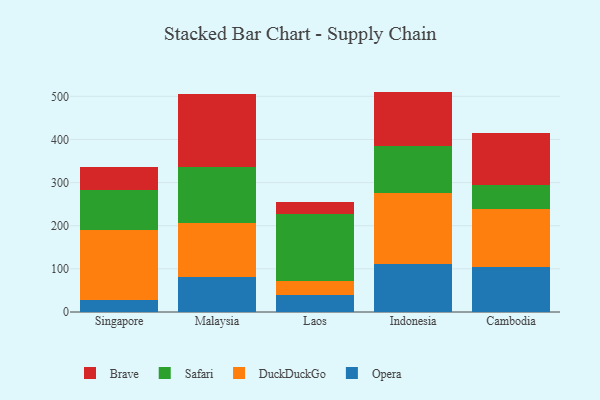
{"axis": {"x": "Country", "y": "Temperature (°C)"}, "legend": ["Brave", "DuckDuckGo", "Opera", "Safari"], "data": [{"x": "Singapore", "y": 27.5, "type": "Opera"}, {"x": "Singapore", "y": 162.8, "type": "DuckDuckGo"}, {"x": "Singapore", "y": 93.2, "type": "Safari"}, {"x": "Singapore", "y": 52.6, "type": "Brave"}, {"x": "Malaysia", "y": 80.7, "type": "Opera"}, {"x": "Malaysia", "y": 125.5, "type": "DuckDuckGo"}, {"x": "Malaysia", "y": 130.1, "type": "Safari"}, {"x": "Malaysia", "y": 168.6, "type": "Brave"}, {"x": "Laos", "y": 38.3, "type": "Opera"}, {"x": "Laos", "y": 33.7, "type": "DuckDuckGo"}, {"x": "Laos", "y": 154.3, "type": "Safari"}, {"x": "Laos", "y": 28.5, "type": "Brave"}, {"x": "Indonesia", "y": 110.4, "type": "Opera"}, {"x": "Indonesia", "y": 164.9, "type": "DuckDuckGo"}, {"x": "Indonesia", "y": 108.7, "type": "Safari"}, {"x": "Indonesia", "y": 127.0, "type": "Brave"}, {"x": "Cambodia", "y": 105.2, "type": "Opera"}, {"x": "Cambodia", "y": 133.7, "type": "DuckDuckGo"}, {"x": "Cambodia", "y": 55.4, "type": "Safari"}, {"x": "Cambodia", "y": 121.1, "type": "Brave"}]}